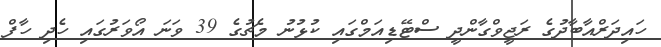
ހައިދަރްއާބާދުގެ ރަޖީވްގާންދީ ސްޓޭޑިއަމްގައި ކުޅުނު މެޗުގެ 39 ވަނަ އޯވަރުގައި ހެދި ހާފް